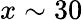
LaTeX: x\sim 30